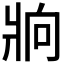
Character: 𰠒